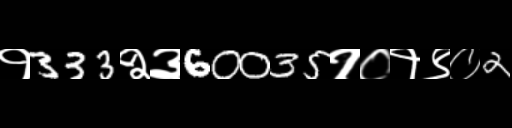
Text: १333२३60035१०१९०2